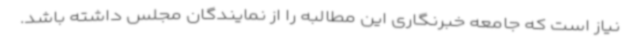
نیاز است که جامعه خبرنگاری این مطالبه را از نمایندگان مجلس داشته باشد.